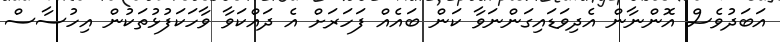
އަބަދުވެސް އޮންނާން އެދިވަޑައިގަންނަވާ ކަން ބައެއް ފަހަރަށް އެ ދައްކަވާ ވާހަކަފުޅުތަކުން އިހުސާސް